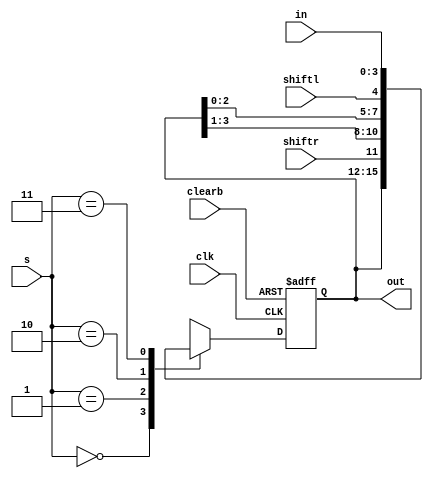
`timescale 1ns / 1ps
//////////////////////////////////////////////////////////////////////////////////
// Company: 
// Engineer: 
// 
// Design Name: 
// Module Name: shiftregister
// Project Name: 
// Target Devices: 
// Tool Versions: 
// Description: 
// 
// Dependencies: 
// 
// Revision:
// Revision 0.01 - File Created
// Additional Comments:
// 
//////////////////////////////////////////////////////////////////////////////////


module shiftregister(
    input [3:0] in,
    output reg [3:0] out,
    input [1:0] s,
    input clk,
    input clearb,
    input shiftr,
    input shiftl
    );
    
    
    always @(posedge clk, negedge clearb)
    begin
    
    if(clearb==0)
        out <= 2'b00;
    else        
        case(s)
        2'b00: out <= out;
        2'b01:
            out <= {shiftr,out[3],out[2],out[1]};
        2'b10:
            out <= {out[2],out[1],out[0],shiftl};
        2'b11:
            out <= in;
        endcase
    end
endmodule